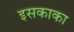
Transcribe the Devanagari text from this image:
इसकाका